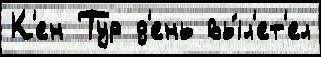
К'ен Тур д'ень вы́л'ет'ел